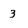
Character: 3